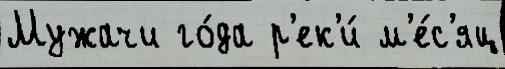
Мужачи го́да р'ек'и́ м'е́с'яц